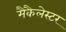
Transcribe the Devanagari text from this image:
मैकैलेस्टर